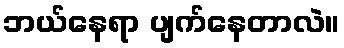
ဘယ်နေရာ ပျက်နေတာလဲ။